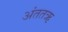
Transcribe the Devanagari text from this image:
अंततऋ